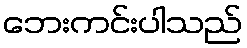
ဘေးကင်းပါသည်